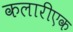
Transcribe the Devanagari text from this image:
कलारीएक